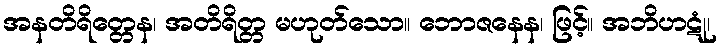
အနတိရိတ္တေန၊ အတိရိတ္တ မဟုတ်သော။ ဘောဇနေန၊ ဖြင့်။ အဘိဟဋုံ၊